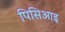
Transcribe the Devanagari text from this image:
पिसिआइ